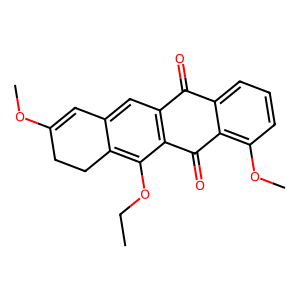
SMILES: CCOc1c2c(cc3c1C(=O)c1c(OC)cccc1C3=O)C=C(OC)CC2
Inhibits HIV replication: No